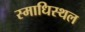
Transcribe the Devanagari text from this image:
स्माधिस्थल